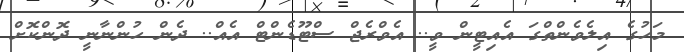
މަހުގެ އިލެވެންތްގަ އެއިޓީން ވީ.. އެވްރެޖް ސްޓޫޑެންޓް އެއް.. ދެން ހުންނާނީ ދޮންކޮށް